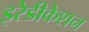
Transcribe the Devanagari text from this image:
इरेडीकेशन